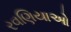
રવણિયાઓ